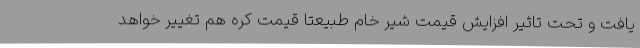
یافت و تحت تاثیر افزایش قیمت شیر خام طبیعتا قیمت کره هم تغییر خواهد